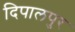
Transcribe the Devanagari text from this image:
दिपालपुर